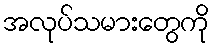
အလုပ်သမားတွေကို